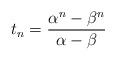
LaTeX: \begin{align*} t_n=\frac{\alpha^n-\beta^n}{\alpha-\beta}\end{align*}